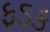
ફડક